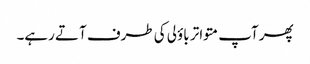
پھر آپ متواتر باؤلی کی طرف آتے رہے۔